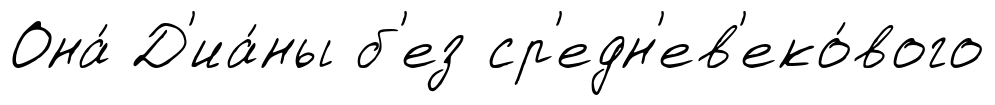
Она́ Д'иа́ны б'ез ср'едн'ев'еко́вого